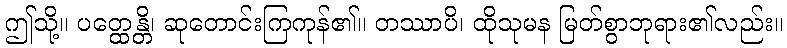
ဤသို့။ ပတ္ထေန္တိ၊ ဆုတောင်းကြကုန်၏။ တဿာပိ၊ ထိုသုမန မြတ်စွာဘုရား၏လည်း။